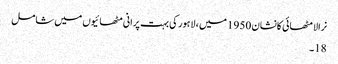
نرالا مٹھائی کانشان 1950 میں ، لاہور کی بہت پرانی مٹھائیوں میں شامل
18۔